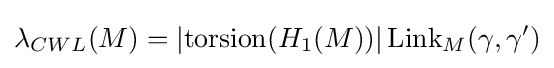
\lambda _{CWL}(M)=\left\vert \mathrm {torsion} (H_{1}(M))\right\vert \mathrm {Link} _{M}(\gamma ,\gamma ^{\prime })